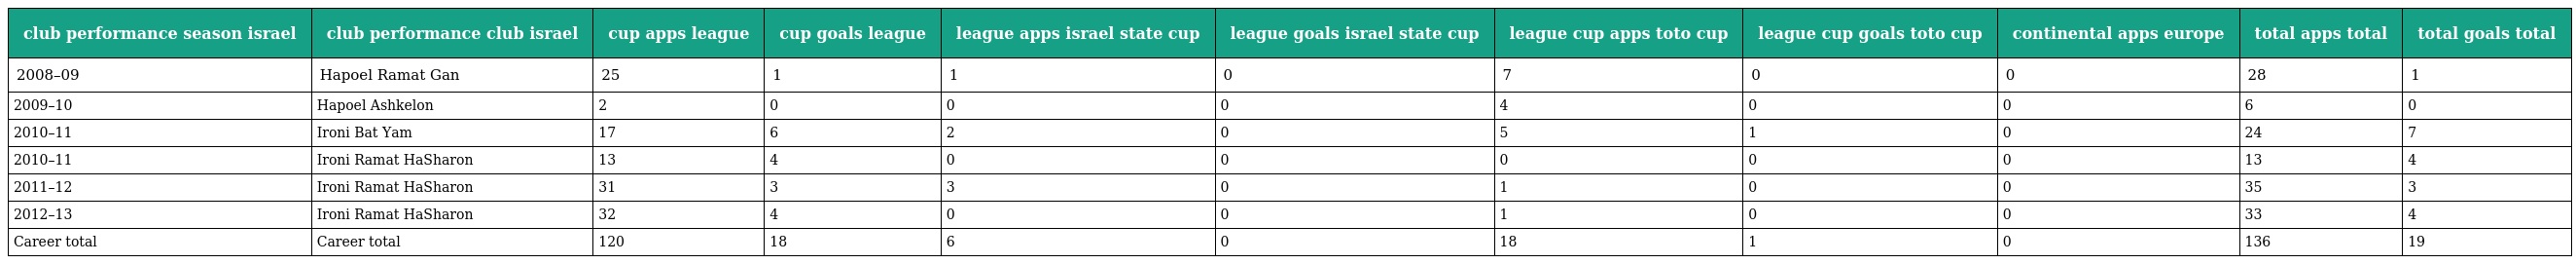
| club performance season israel | club performance club israel | cup apps league | cup goals league | league apps israel state cup | league goals israel state cup | league cup apps toto cup | league cup goals toto cup | continental apps europe | total apps total | total goals total |
 | --- | --- | --- | --- | --- | --- | --- | --- | --- | --- | --- |
 | 2008–09 | Hapoel Ramat Gan | 25 | 1 | 1 | 0 | 7 | 0 | 0 | 28 | 1 |
 | 2009–10 | Hapoel Ashkelon | 2 | 0 | 0 | 0 | 4 | 0 | 0 | 6 | 0 |
 | 2010–11 | Ironi Bat Yam | 17 | 6 | 2 | 0 | 5 | 1 | 0 | 24 | 7 |
 | 2010–11 | Ironi Ramat HaSharon | 13 | 4 | 0 | 0 | 0 | 0 | 0 | 13 | 4 |
 | 2011–12 | Ironi Ramat HaSharon | 31 | 3 | 3 | 0 | 1 | 0 | 0 | 35 | 3 |
 | 2012–13 | Ironi Ramat HaSharon | 32 | 4 | 0 | 0 | 1 | 0 | 0 | 33 | 4 |
 | Career total | Career total | 120 | 18 | 6 | 0 | 18 | 1 | 0 | 136 | 19 |